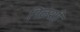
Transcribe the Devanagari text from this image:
निळशी